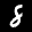
Label: 8